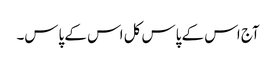
آج اس کے پاس کل اس کے پاس۔